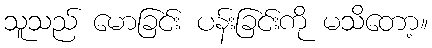
သူသည် မောခြင်း ပန်းခြင်းကို မသိတော့။